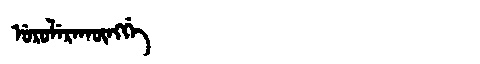
Manchu: ᡠᡵᡠᠯᡝᡵᠠᡴᡡᠩᡤᡝ
Romanization: URULERAKŪNGGE